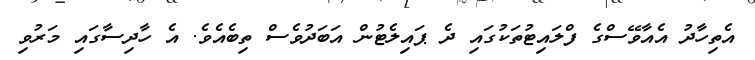
އެތިހާދު އެއާވޭސްގެ ފްލައިޓުތަކުގައި ދެ ޕައިލެޓުން އަބަދުވެސް ތިބެއެވެ. އެ ހާދިސާގައި މަރުވި